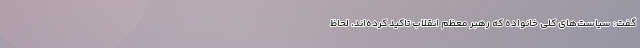
گفت: سیاست‌های کلی خانواده که رهبر معظم انقلاب تاکید کرد‌ه‌اند، لحاظ